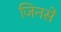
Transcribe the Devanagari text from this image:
जिनसे